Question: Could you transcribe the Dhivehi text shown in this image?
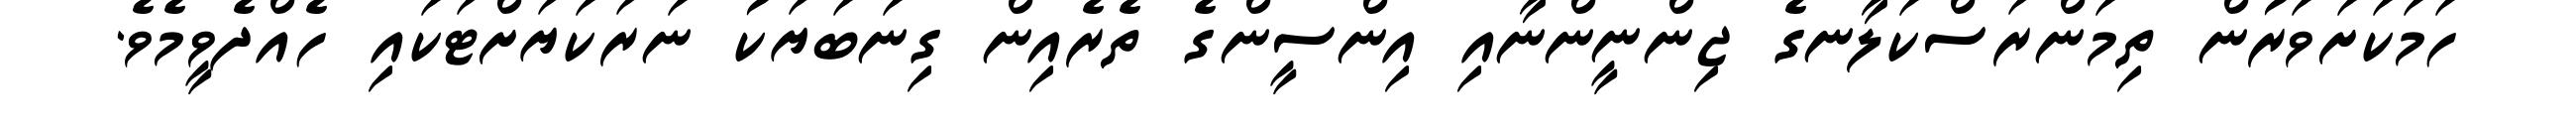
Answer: ހަމަކަށަވަރުން ތިމަންރަސްކަލާނގެ ޖިންނީންނާއި އިންސީންގެ ތެރެއިން ގިނަބަޔަކު ނަރަކަޔަށްޓަކައި ހެއްދެވީމެވެ.